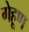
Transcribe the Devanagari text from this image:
गेहूण